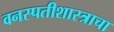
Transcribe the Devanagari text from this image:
वनस्पतीशास्त्राचा